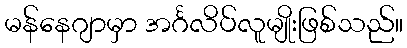
မန်နေဂျာမှာ အင်္ဂလိပ်လူမျိုးဖြစ်သည်။